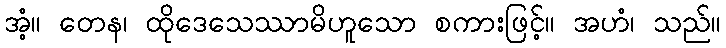
အံ့။ တေန၊ ထိုဒေသေဿာမိဟူသော စကားဖြင့်။ အဟံ၊ သည်။